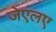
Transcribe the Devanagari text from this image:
जेएलए